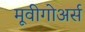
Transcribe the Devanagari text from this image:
मूवीगोअर्स